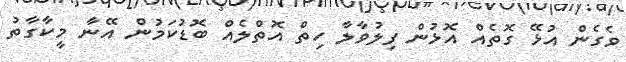
ވެގެން އުޅޭ ގޮތެއް އޮޅުން ފިލުވާލާ ހިތް އޮތްލެއް ބޮޑުކަމުން އޭނާ މީކާގާތު